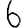
Digit: 6